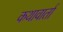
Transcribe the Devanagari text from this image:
कथावार्ता